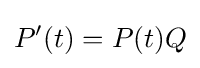
P'(t)=P(t)Q